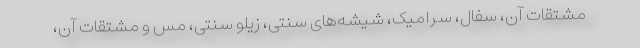
مشتقات آن، سفال، سرامیک، شیشه‌های سنتی، زیلو سنتی، مس و مشتقات آن،